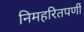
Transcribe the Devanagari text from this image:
निमहरितपर्णी